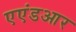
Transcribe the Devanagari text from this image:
एएंडआर